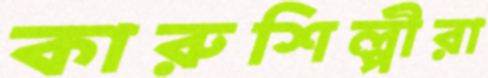
কারুশিল্পীরা